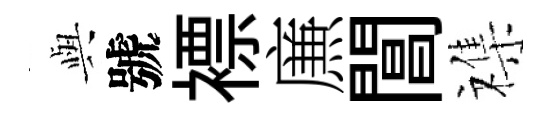
𫤰號褾㢘閶襍